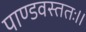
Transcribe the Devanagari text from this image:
पाण्डवस्ततः॥